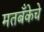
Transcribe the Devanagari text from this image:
मतबँकेचे